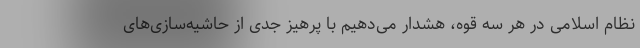
نظام اسلامی در هر سه قوه، هشدار می‌دهیم با پرهیز جدی از حاشیه‌سازی‌های